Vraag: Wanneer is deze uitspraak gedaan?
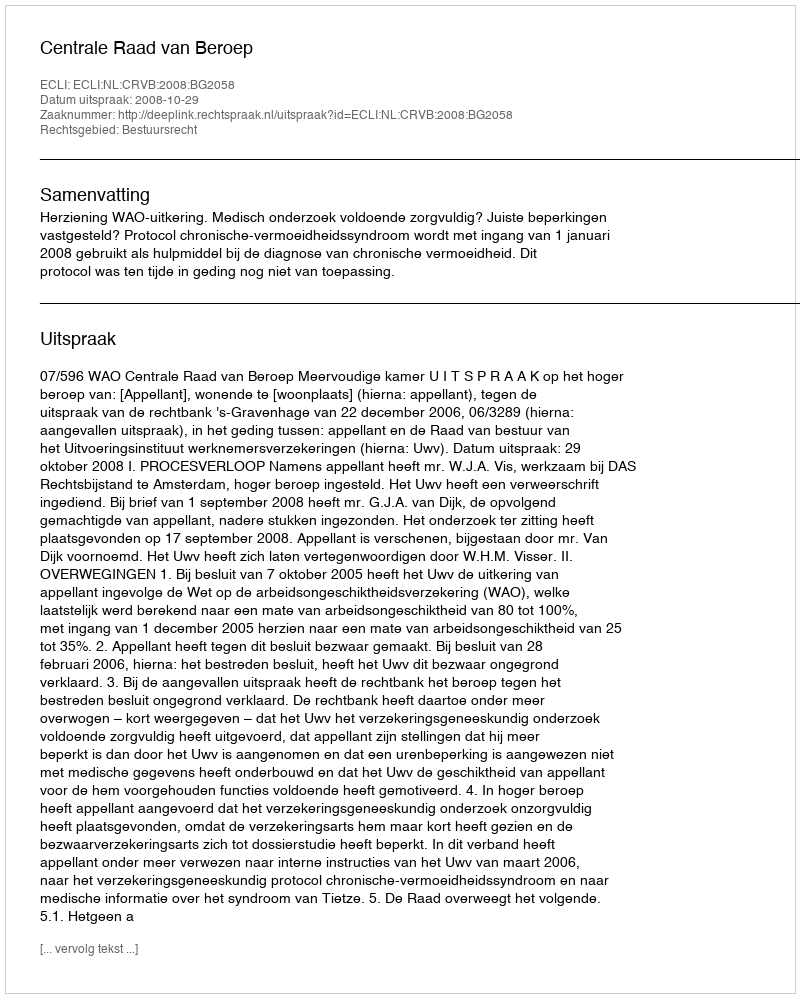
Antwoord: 2008-10-29